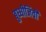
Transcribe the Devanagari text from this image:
बुध्धीजिवी